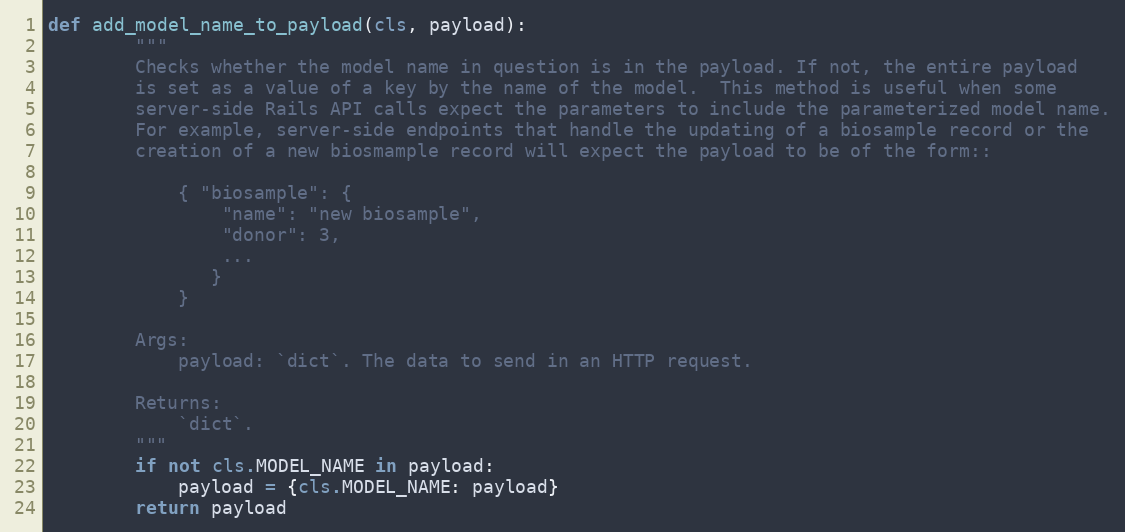
Language: Python
def add_model_name_to_payload(cls, payload):
        """
        Checks whether the model name in question is in the payload. If not, the entire payload
        is set as a value of a key by the name of the model.  This method is useful when some
        server-side Rails API calls expect the parameters to include the parameterized model name.
        For example, server-side endpoints that handle the updating of a biosample record or the
        creation of a new biosmample record will expect the payload to be of the form::

            { "biosample": {
                "name": "new biosample",
                "donor": 3,
                ...
               }
            }

        Args:
            payload: `dict`. The data to send in an HTTP request.

        Returns:
            `dict`.
        """
        if not cls.MODEL_NAME in payload:
            payload = {cls.MODEL_NAME: payload}
        return payload